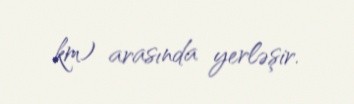
km) arasında yerləşir.